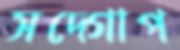
সদ্‌গোপ